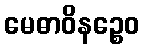
မေဓာဝိနဉ္စေဝ